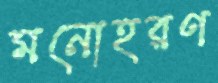
মনোহরণ